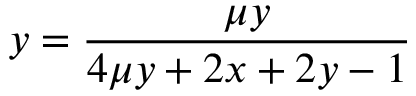
y = \frac { \mu y } { 4 \mu y + 2 x + 2 y - 1 }